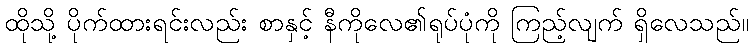
ထိုသို့ ပိုက်ထားရင်းလည်း စာနှင့် နီကိုလေ၏ရုပ်ပုံကို ကြည့်လျက် ရှိလေသည်။